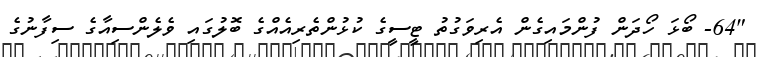
"64- ބޯޅަ ހޯދަން ފުންމައިގެން އެރިވަގުތު ޓީސީގެ ކުޅުންތެރިއެއްގެ ބޮލުގައި ވެލެންސިއާގެ ސިފާނުގެ